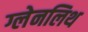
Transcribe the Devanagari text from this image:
ग्लेनलिथ